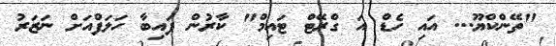
"ތޭންކްޔޫ... އައި ހެޑް އަ ގްރޭޓް ޓައިމް" ކާރުން ފައިބާ ހަލަފްއަށް ނަޒަރު